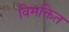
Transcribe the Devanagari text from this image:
विभक्तित